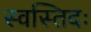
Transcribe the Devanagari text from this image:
स्वस्तिदः